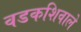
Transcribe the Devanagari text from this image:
वडकशिवाले